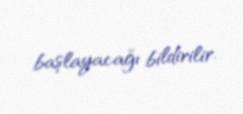
başlayacağı bildirilir.